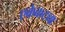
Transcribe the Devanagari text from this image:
एकेकट्या